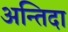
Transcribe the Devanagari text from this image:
अन्तिदा